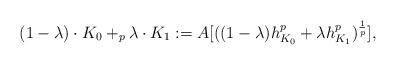
LaTeX: \begin{align*}(1-\lambda) \cdot K_0 +_p \lambda \cdot K_1 := A[ ((1-\lambda) h_{K_0}^p + \lambda h_{K_1}^p)^{\frac{1}{p}}] ,\end{align*}